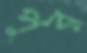
পুর